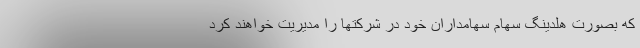
که بصورت هلدینگ سهام سهامداران خود در شرکتها را مدیریت خواهند کرد